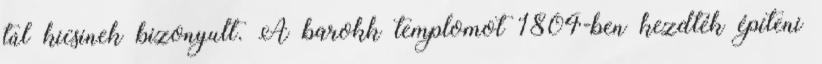
túl kicsinek bizonyult. A barokk templomot 1804-ben kezdték építeni